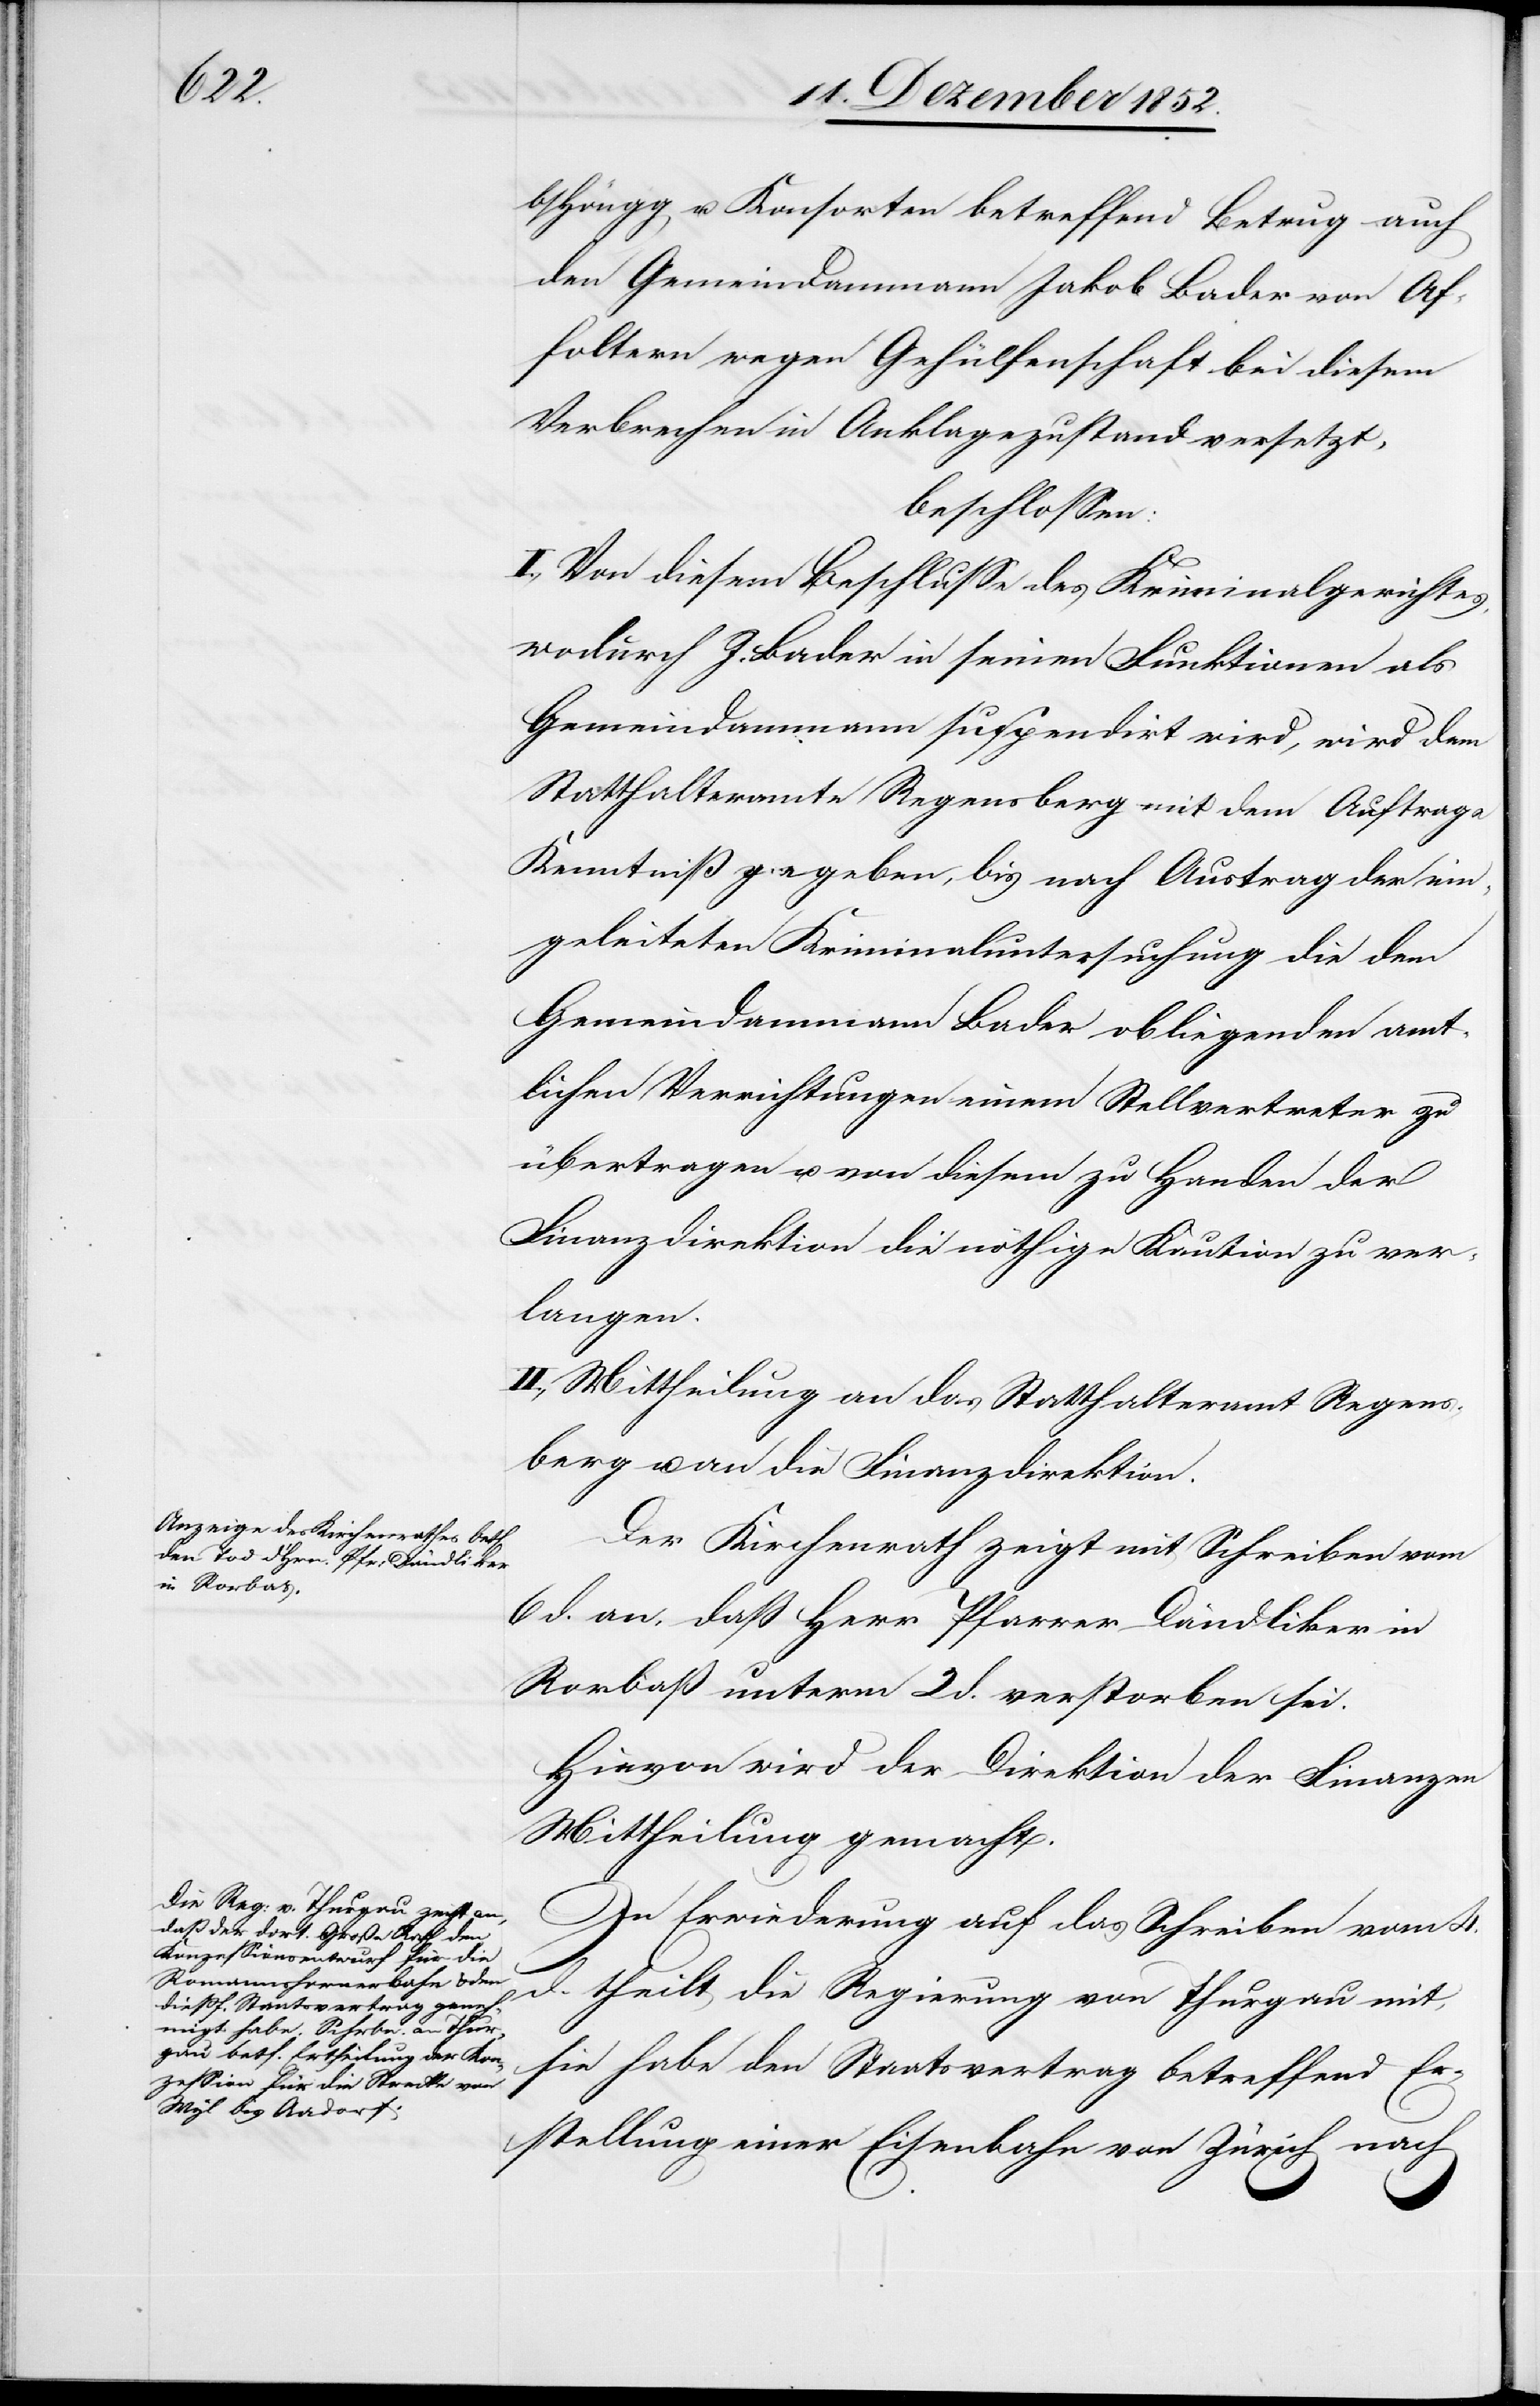
b/Höngg u. Konsorten betreffend Betrug auch
den Gemeindammann Jakob Bader von Af¬
foltern wegen Gehülfenschaft bei diesem
Verbrechen in Anklagezustand versetzt,
beschlossen:
I., Von diesem Beschlusse des Kriminalgerichtes,
wodurch J. Bader in seinen Funktionen als
Gemeindammann suspendirt wird, wird dem
Statthalteramte Regensberg mit dem Auftrage
Kenntniß gegeben, bis nach Austrag der ein¬
geleiteten Kriminaluntersuchung die dem
Gemeindammann Bader obliegenden amt¬
lichen Verrichtungen einem Stellvertreter zu
übertragen u. von diesem zu Handen der
Finanzdirektion die nöthige Kaution zu ver¬
langen.
II., Mittheilung an das Statthalteramt Regens¬
berg u. an die Finanzdirektion.
Der Kirchenrath zeigt mit Schreiben vom
6 d. an, daß Herr Pfarrer Dändliker in
Rorbaß unterm 2 d. verstorben sei.
Hievon wird der Direktion der Finanzen
Mittheilung gemacht.
In Erwiederung auf das Schreiben vom 4.
d. theilt die Regierung von Thurgau mit,
sie habe den Staatsvertrag betreffend Er¬
stellung einer Eisenbahn von Zürich nach